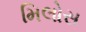
મિલોસ